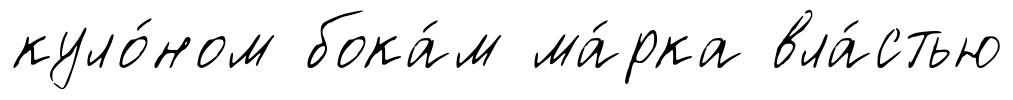
куло́ном бока́м ма́рка вла́стью